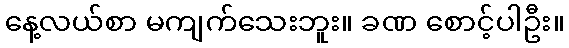
နေ့လယ်စာ မကျက်သေးဘူး။ ခဏ စောင့်ပါဦး။